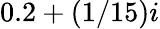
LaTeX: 0.2+(1/15)i